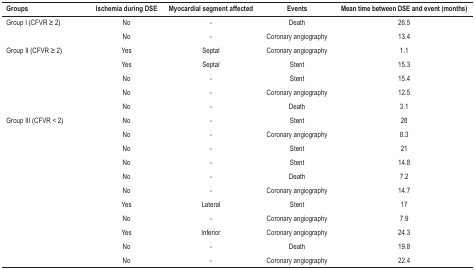
<table><thead><tr><td><b>Groups</b></td><td><b>Ischemia during DSE</b></td><td><b>Myocardial segment affected</b></td><td><b>Events</b></td><td><b>Mean time between DSE and event (months) </b></td></tr></thead><tbody><tr><td>Group I (CFVR ≥ 2)</td><td>No </td><td>-</td><td>Death</td><td>26.5 </td></tr><tr><td> </td><td>No</td><td>-</td><td>Coronary angiography</td><td>13.4</td></tr><tr><td>Group II (CFVR ≥ 2)</td><td>Yes</td><td>Septal</td><td>Coronary angiography</td><td>1.1 </td></tr><tr><td> </td><td>Yes</td><td>Septal</td><td>Stent</td><td>15.3 </td></tr><tr><td> </td><td>No</td><td>-</td><td>Stent</td><td>15.4 </td></tr><tr><td> </td><td>No</td><td>-</td><td>Coronary angiography</td><td>12.5 </td></tr><tr><td> </td><td>No</td><td>-</td><td>Death</td><td>3.1</td></tr><tr><td>Group III (CFVR &lt; 2)</td><td>No </td><td>-</td><td>Stent</td><td>28 </td></tr><tr><td> </td><td>No</td><td>-</td><td>Coronary angiography</td><td>8.3 </td></tr><tr><td> </td><td>No</td><td>-</td><td>Stent</td><td>21 </td></tr><tr><td> </td><td>No</td><td>-</td><td>Stent</td><td>14.8 </td></tr><tr><td> </td><td>No</td><td>-</td><td>Death</td><td>7.2 </td></tr><tr><td> </td><td>No</td><td>-</td><td>Coronary angiography</td><td>14.7 </td></tr><tr><td> </td><td>Yes</td><td>Lateral</td><td>Stent</td><td>17 </td></tr><tr><td> </td><td>No</td><td>-</td><td>Coronary angiography</td><td>7.9 </td></tr><tr><td> </td><td>Yes</td><td>Inferior</td><td>Coronary angiography</td><td>24.3 </td></tr><tr><td> </td><td>No</td><td>-</td><td>Death</td><td>19.8 </td></tr><tr><td> </td><td>No</td><td>-</td><td>Coronary angiography</td><td>22.4 </td></tr></tbody></table>